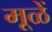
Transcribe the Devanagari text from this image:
मूळें